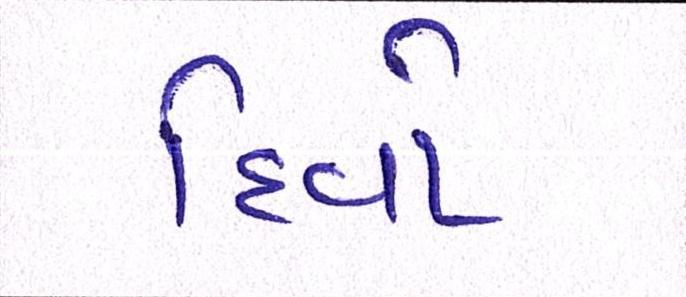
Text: દિવો